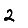
Digit: 2